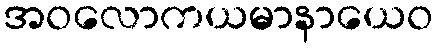
အဝလောကယမာနာယေဝ